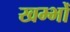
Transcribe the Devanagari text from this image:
खम्भोँ